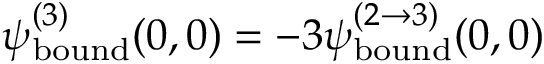
\psi _ { \mathrm { b o u n d } } ^ { ( 3 ) } ( 0 , 0 ) = - 3 \psi _ { \mathrm { b o u n d } } ^ { ( 2 \rightarrow 3 ) } ( 0 , 0 )